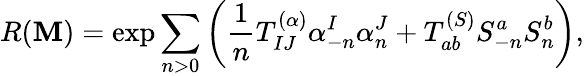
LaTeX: R(\mathbf{M})=\exp\sum_{n>0}\left({\frac{{1}}{{n}}}T_{IJ}^{(\alpha)}\alpha_{-n}^{I}{\alpha}_{n}^{J}+T_{ab}^{(S)}S_{-n}^{a}{S}_{n}^{b}\right),